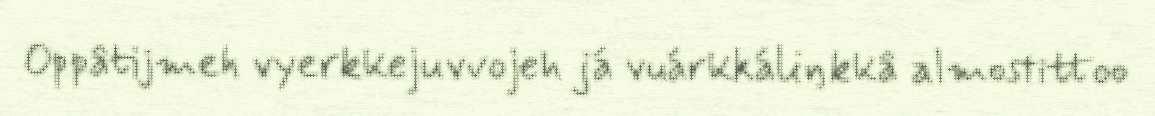
Oppâtijmeh vyerkkejuvvojeh já vuárkkáliŋkkâ almostittoo